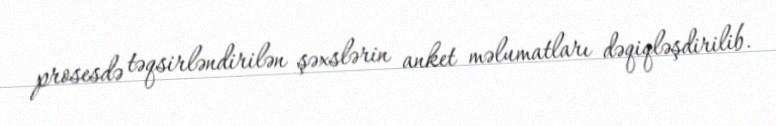
prosesdə təqsirləndirilən şəxslərin anket məlumatları dəqiqləşdirilib.